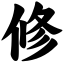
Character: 修